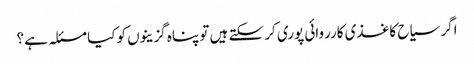
اگر سیاح کاغذی کارروائی پوری کر سکتے ہیں تو پناہ گزینوں کو کیا مسئلہ ہے؟